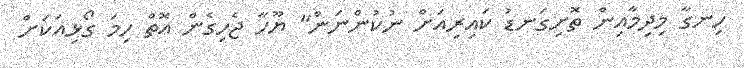
ހިނގާ މިދިމާއިން ތޮށިގަނޑު ކައިރިއަށް ނުކުންނަން" ޔޫހާ ޖެހިގެން އޮތް ހިމަ ގޯޅިއަކަށް